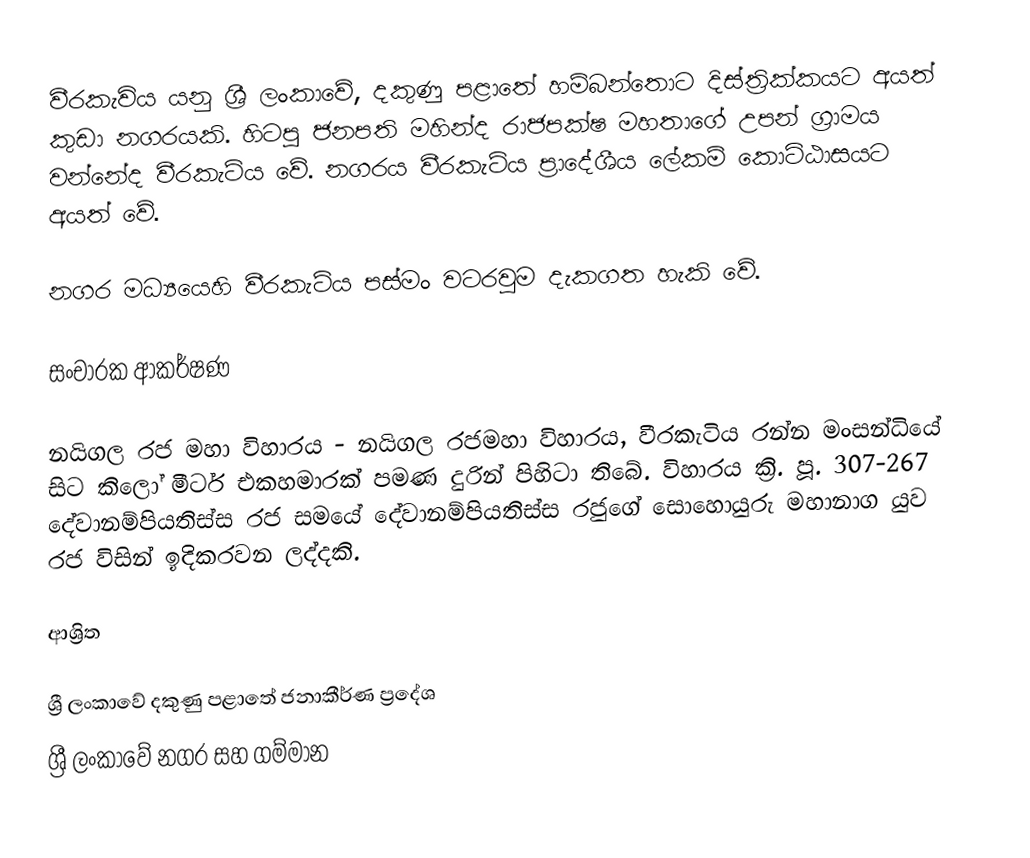
වීරකැවිය යනු ශ්‍රී ලංකාවේ, දකුණු පළාතේ හම්බන්තොට දිස්ත්‍රික්කයට අයත් කුඩා නගරයකි. හිටපු ජනපති මහින්ද රාජපක්ෂ මහතාගේ උපන් ග්‍රාමය වන්නේද වීරකැටිය වේ. නගරය වීරකැටිය ප්‍රාදේශීය ලේකම් කොට්ඨාසයට අයත් වේ.

නගර මධ්‍යයෙහි වීරකැටිය පස්මං වටරවුම දැකගත හැකි වේ.

සංචාරක ආකර්ෂණ

නයිගල රජ මහා විහාරය - නයිගල රජමහා විහාරය, වීරකැටිය රන්න මංසන්ධියේ සිට කිලෝ මීටර් එකහමාරක් පමණ දුරින් පිහිටා තිබේ. විහාරය ක්‍රි. පූ. 307-267 දේවානම්පියතිස්ස රජ සමයේ දේවානම්පියතිස්ස රජුගේ සොහොයුරු මහානාග යුව රජ විසින් ඉදිකරවන ලද්දකි.

ආශ්‍රිත

ශ්‍රී ලංකාවේ දකුණු පළාතේ ජනාකීර්ණ ප්‍රදේශ
ශ්‍රී ලංකාවේ නගර සහ ගම්මාන